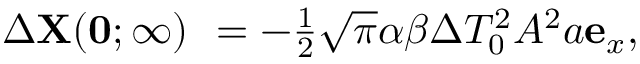
\begin{array} { r } { \Delta \mathbf { X } ( \mathbf { 0 } ; \infty ) _ { \mathrm { ~ } } = - \frac { 1 } { 2 } \sqrt { \pi } \alpha \beta \Delta T _ { 0 } ^ { 2 } A ^ { 2 } a \mathbf { e } _ { x } , } \end{array}